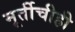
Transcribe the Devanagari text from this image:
मूर्तीचीही